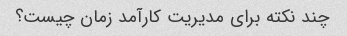
چند نکته برای مدیریت کارآمد زمان چیست؟